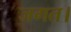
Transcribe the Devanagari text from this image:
जगत।